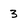
Character: 3